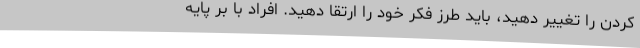
کردن را تغییر دهید، باید طرز فکر خود را ارتقا دهید. افراد با بر پایه